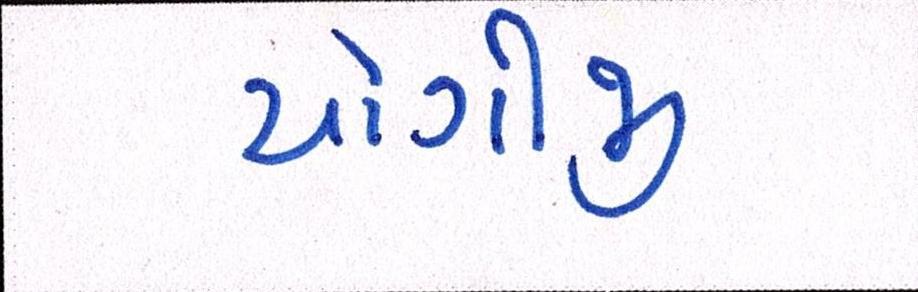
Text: યોગીજી